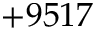
+ 9 5 1 7